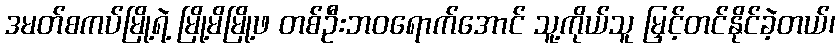
ဒမတ်စကပ်မြို့ရဲ့ မြို့မိမြို့ဖ တစ်ဦးဘဝရောက်အောင် သူ့ကိုယ်သူ မြှင့်တင်နိုင်ခဲ့တယ်၊